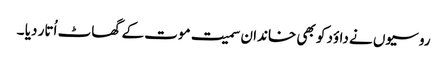
روسیوں نے داؤد کو بھی خاندان سمیت موت کے گھاٹ اُتار دیا ۔